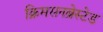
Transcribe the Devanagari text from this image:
क्रिमसनब्रेस्टेड